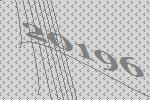
20196